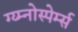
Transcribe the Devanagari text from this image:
ग्य्म्नोस्पेर्म्स